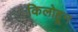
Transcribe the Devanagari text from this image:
किलोहून